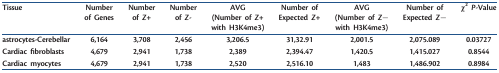
<table><thead><tr><td><b>Tissue</b></td><td><b>Number of Genes</b></td><td><b>Number of <i>Z</i>+</b></td><td><b>Number of <i>Z</i>-</b></td><td><b>AVG (Number of <i>Z</i>+ with H3K4me3)</b></td><td><b>Number of Expected <i>Z</i>+</b></td><td><b>AVG (Number of <i>Z</i>− with H3K4me3)</b></td><td><b>Number of Expected <i>Z</i>−</b></td><td><b><i>χ</i><sup>2</sup><i>P</i>-Value</b></td></tr></thead><tbody><tr><td><b>astrocytes-Cerebellar</b></td><td>6,164</td><td>3,708</td><td>2,456</td><td>3,206.5</td><td>31,32.91</td><td>2,001.5</td><td>2,075.089</td><td>0.03727</td></tr><tr><td><b>Cardiac fibroblasts</b></td><td>4,679</td><td>2,941</td><td>1,738</td><td>2,389</td><td>2,394.47</td><td>1,420.5</td><td>1,415.027</td><td>0.8544</td></tr><tr><td><b>Cardiac myocytes</b></td><td>4,679</td><td>2,941</td><td>1,738</td><td>2,520</td><td>2,516.10</td><td>1,483</td><td>1,486.902</td><td>0.8984</td></tr></tbody></table>